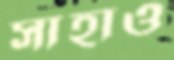
সাহাও